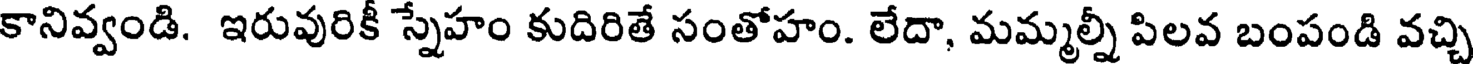
కానివ్వండి. ఇరువురికీ స్నేహం కుదిరితే సంతోహం. లేదా, మమ్మల్నీ పిలవ బంపండి వచ్చి